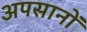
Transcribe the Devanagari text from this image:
अपसानों